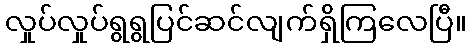
လှုပ်လှုပ်ရွရွပြင်ဆင်လျက်ရှိကြလေပြီ။